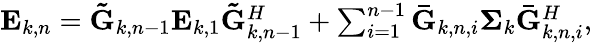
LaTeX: \begin{array}{r}{{{\mathbf{E}}_{k,n}}={{{\mathbf{\tilde{G}}}}_{k,n-1}}{{\mathbf{E}}_{k,1}}{\mathbf{\tilde{G}}}_{k,n-1}^{H}+\sum_{i=1}^{n-1}{{{{\mathbf{\bar{G}}}}_{k,n,i}}}{{\mathbf{\Sigma}}_{k}}{{{\mathbf{\bar{G}}}}_{k,n,i}^{H}},}\end{array}